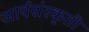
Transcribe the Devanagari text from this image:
आर्यसंस्कृती